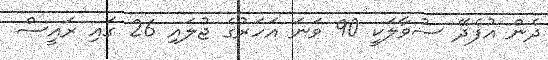
ދެން އުފެދޭ ސުވާލަކީ 90 ވަނަ އަހަރުގެ ޖުލައި 26 ގައި ރައީސް